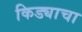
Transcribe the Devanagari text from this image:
किड्याचा